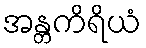
အန္တကိရိယံ